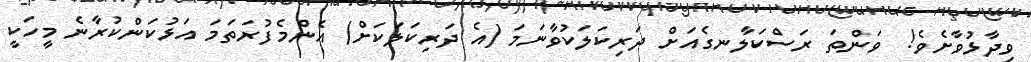
ވިދާޅުވާށެވެ!  ވަންތަ ރަސްކަލާނގެއަށް ދަރިކަލަކުވާނަމަ (އެ ދަރިކަލަކަށް) އެންމެފުރަތަމަ އަޅުކަންކުރާނެ މީހަކީ